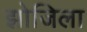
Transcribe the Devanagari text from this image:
झोजिला